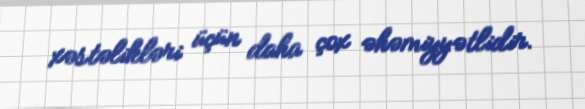
xəstəlikləri üçün daha çox əhəmiyyətlidir.